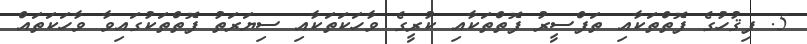
5. ފިޤުހުގެ ފޮތްތަކާއި ތަފްސީރު ފޮތްތަކާއި ކުރީގެ ވާހަކަތަކާއި ސިޔަރަތު ފޮތްތަކުގައިވާ ވާހަކަތައް